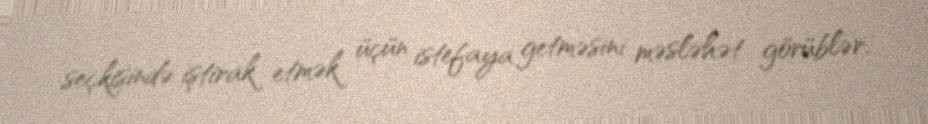
seçkisində iştirak etmək üçün istefaya getməsini məsləhət görüblər.